Civil Veterinary Department Bihar & Orissa reports 1929-36 - 1929-1936
Year: 1929
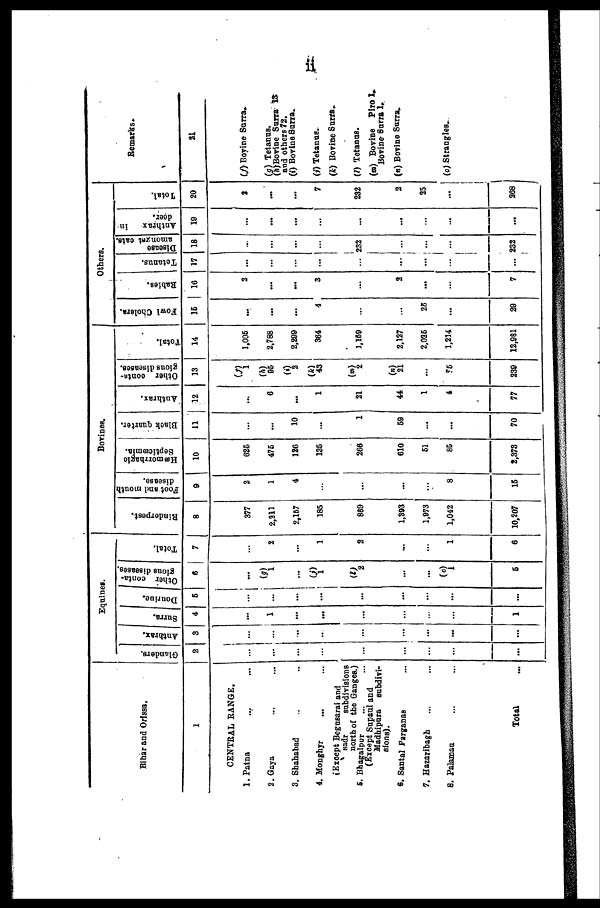
ii
Bihar and Orissa.
1
CENTRAL RANGE.
1. Patna ... ...
2. Gaya ... ...
3. Shahabad ... ...
4. Monghyr ... ...
(Except Begusarai and
sadr
subdivisions
north of the Ganges.)
5. Bhagalpur ... ...
(Except Sapaul and
Madhipura subdivi-
sions).
6. Santal Parganas ...
7. Hazaribagh ... ...
8. Palamau ... ...
Total
Equines.
Glanders.
2
...
...
...
...
...
...
...
...
...
Anthrax.
3
...
...
...
...
...
...
...
...
Surra.
4
...
1
...
...
...
...
...
...
1
Dourine.
5
...
...
...
...
...
...
...
...
...
Other conta-
gious diseases.
6
...
(g)
1
...
(j)
1
(l)
2
...
...
(o)
1
6
Total.
7
...
2
1
2
...
...
1
6
Bovines.
Rinderpest.
8
377
2,211
2,167
185
889
1,393
1,973
1,042
10,207
Foot and mouth
disease.
9
2
1
4
...
...
...
...
8
15
Hæmorrhagic
Septicæmia.
10
625
476
126
135
208
610
61
85
2,373
Black quarter.
11
...
...
10
...
1
69
...
...
70
Anthrax.
12
...
6
...
1
21
44
1
4
77
Other conta-
gious diseases.
13
(j)
1
(h)
95
(i)
2
(k)
43
(m)
2
(n)
21
...
55
239
Total.
14
1,005
2,788
2,299
364
1,159
2,127
2,026
1,214
12,981
Others.
Fowl Cholera.
15
...
...
...
4
...
...
26
...
29
Rabies.
16
2
...
...
3
...
2
...
...
7
Tetanus.
17
...
...
...
...
...
...
...
...
Disease
amongst cats.
18
...
...
...
...
232
...
...
...
232
Anthrax
in
deer.
19
...
...
...
...
...
...
...
...
...
Total.
20
2
...
...
7
232
2
25
...
268
Remarks.
21
(f) Bovine Surra.
(g) Tetanus.
(h) Bovine Surra 13
and others 72.
(i) Bovine Surra.
(i) Tetanus.
(k) Bovine Surra.
(l) Tetanus.
(m) Bovine Piro 1.
Bovine Surra 1.
(n) Bovine Surra.
(o) Strangles.